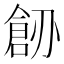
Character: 𠟐